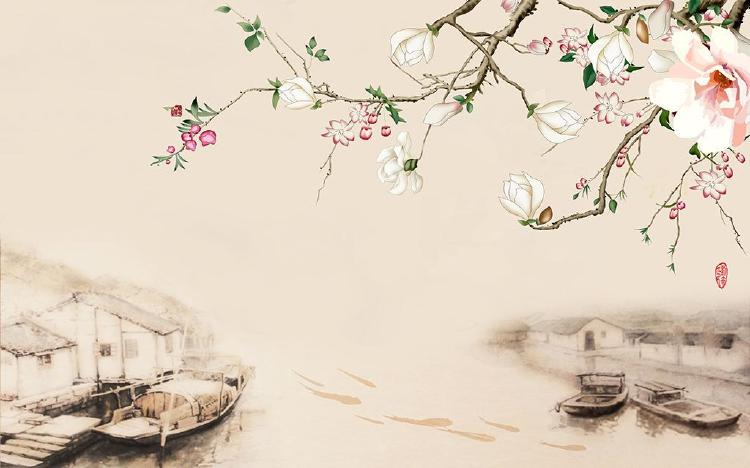
占得杏梁安稳处，体轻唯有主人怜，堪羡好因缘。